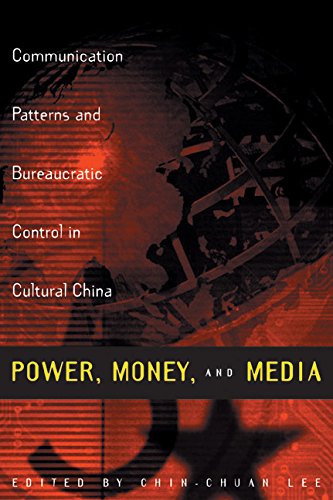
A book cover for Power, Money, and Media: Communication Patterns and Bureaucratic Control in Cultural China (Media Topographies); Chin-Chuan Lee; Politics & Social Sciences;